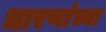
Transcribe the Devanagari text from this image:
धारणांच्या